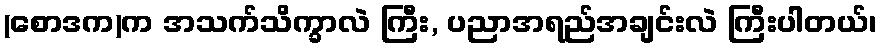
(စောဒက)က အသက်သိက္ခာလဲ ကြီး, ပညာအရည်အချင်းလဲ ကြီးပါတယ်၊